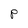
Character: P